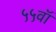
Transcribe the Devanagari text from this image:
५५वॉ